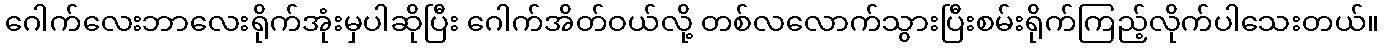
ဂေါက်လေးဘာလေးရိုက်အုံးမှပါဆိုပြီး ဂေါက်အိတ်ဝယ်လို့ တစ်လလောက်သွားပြီးစမ်းရိုက်ကြည့်လိုက်ပါသေးတယ်။